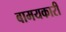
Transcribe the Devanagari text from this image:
बामयकारी